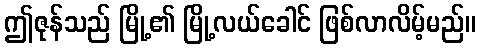
ဤဇုန်သည် မြို့၏ မြို့လယ်ခေါင် ဖြစ်လာလိမ့်မည်။